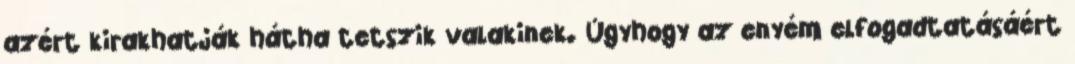
azért kirakhatják hátha tetszik valakinek. Úgyhogy az enyém elfogadtatásáért